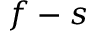
f - s